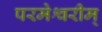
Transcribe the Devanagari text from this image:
परमेश्वरीम्